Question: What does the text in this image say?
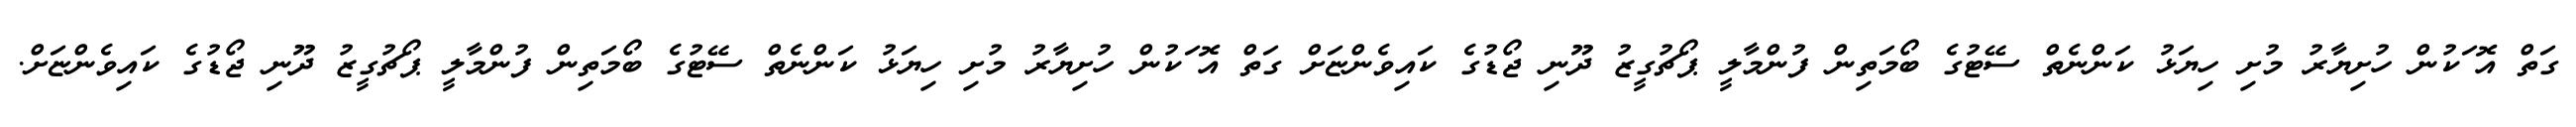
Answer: ގަތް އޮޱަކުން ހުށިޔާރު މުށި ހިޔަޅު ކަންނެތް ސޭޓުގެ ބޯމަތިން ފުންމާލީ ޕޯޗުގީޒު ދޫނި ޖޯޑުގެ ކައިވެންޏަށް ގަތް އޮޱަކުން ހުށިޔާރު މުށި ހިޔަޅު ކަންނެތް ސޭޓުގެ ބޯމަތިން ފުންމާލީ ޕޯޗުގީޒު ދޫނި ޖޯޑުގެ ކައިވެންޏަށް.